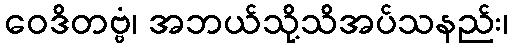
ဝေဒိတဗ္ဗံ၊ အဘယ်သို့သိအပ်သနည်း၊